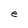
Character: e